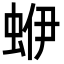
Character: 蛜